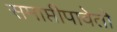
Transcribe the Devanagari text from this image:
समाप्तीपावेतो